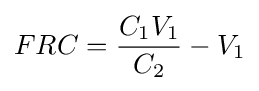
FRC={\frac {C_{1}V_{1}}{C_{2}}}-V_{1}